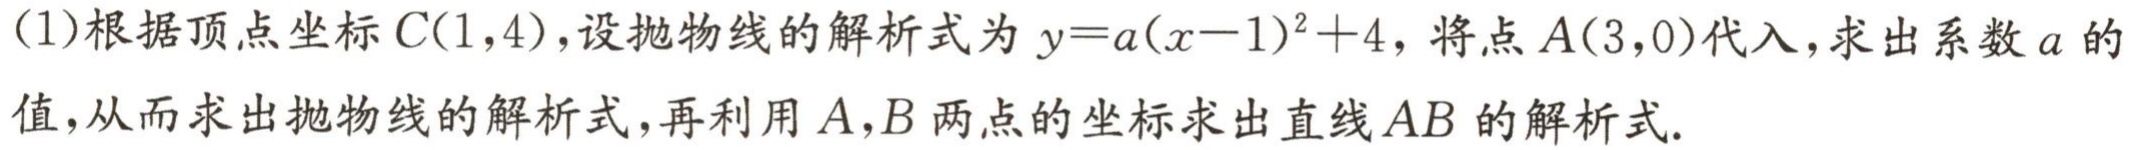
(1)根据顶点坐标\(C(1,4)\)，设抛物线的解析式为\(y = a(x - 1)^{2}+4\)，将点\(A(3,0)\)代入，求出系数\(a\)的值，从而求出抛物线的解析式，再利用\(A,B\)两点的坐标求出直线\(AB\)的解析式.